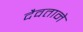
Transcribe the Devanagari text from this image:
दैवताने